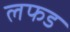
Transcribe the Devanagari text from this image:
लफड